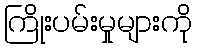
ကြိုးပမ်းမှုများကို